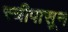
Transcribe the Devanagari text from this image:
स्त्रीपासून